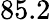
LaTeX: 85.2